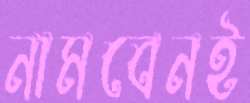
নামবেনই